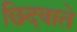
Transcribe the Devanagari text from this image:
छिदवाते